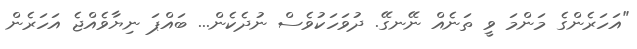
"އަހަރެންގެ މަންމަ ވީ ތަނެއް ނޭނގޭ. ދުވަހަކުވެސް ނުދެކެން... ބައްޕަ ނިޔާވެއްޖެ އަހަރެން